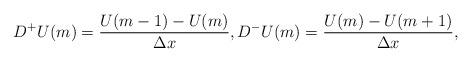
LaTeX: \begin{align*} D^{+}U(m) = \frac{U(m - 1) - U(m)}{\Delta x}, D^{-}U(m) = \frac{U(m) - U(m + 1)}{\Delta x}, \end{align*}